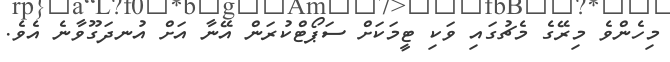
މިހެންވެ މިރޭގެ މެޗުގައި ވަކި ޓީމަކަށް ސަޕޯޓްކުރަން އޭނާ އަށް އުނދަގޫވާނެ އެވެ.